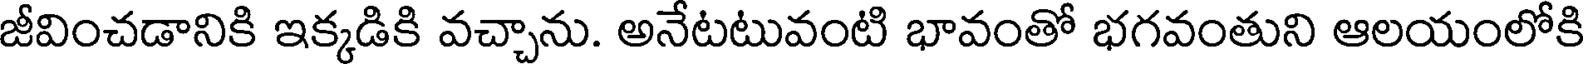
జీవించడానికి ఇక్కడికి వచ్చాను. అనేటటువంటి భావంతో భగవంతుని ఆలయంలోకి